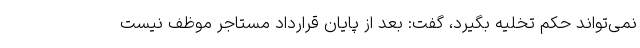
نمی‌تواند حکم تخلیه بگیرد، گفت: بعد از پایان قرارداد مستاجر موظف نیست